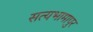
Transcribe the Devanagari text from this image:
सत्यभामापुर